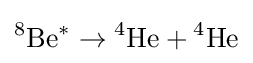
{^{8}}{\text{Be}}{^{*}}\to {^{4}}{\text{He}}+{^{4}}{\text{He}}